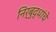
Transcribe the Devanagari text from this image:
निर्बुद्धांचे